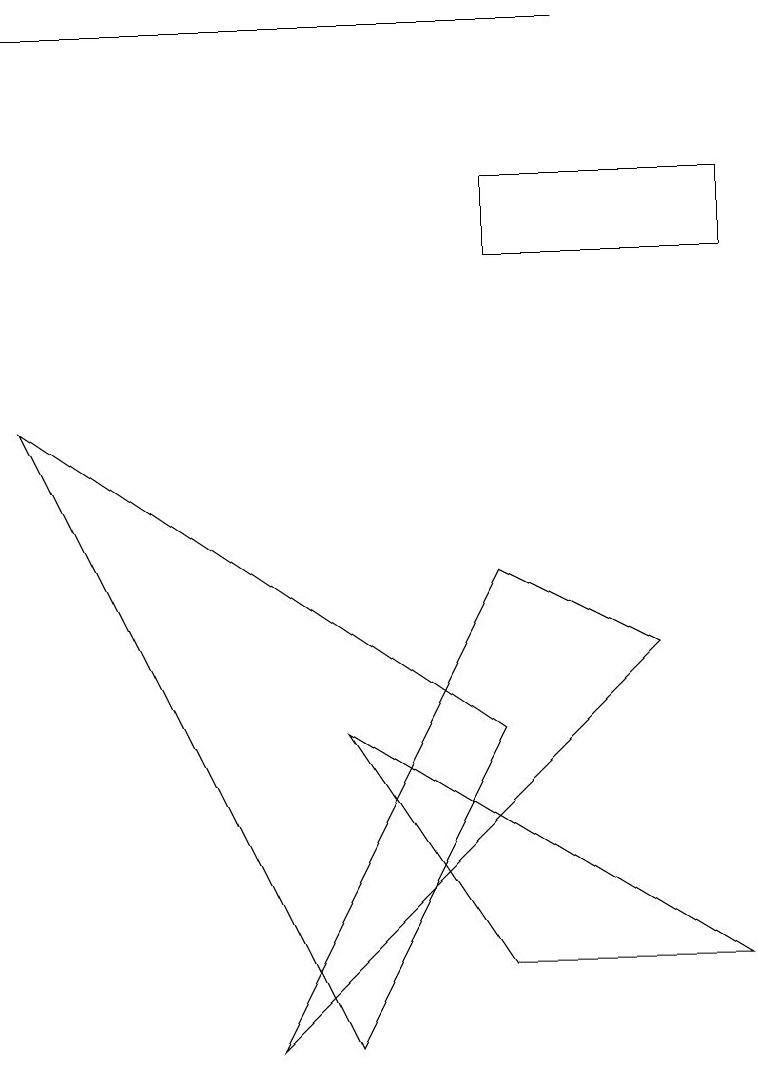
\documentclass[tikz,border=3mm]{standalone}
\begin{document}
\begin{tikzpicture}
\draw (7,14) rectangle (0,14);
\draw (6,2) -- (4,5) -- (9,2) -- cycle;
\draw (6,7) -- (8,6) -- (3,1) -- cycle;
\draw (6,11) rectangle (9,12);
\draw (4,1) -- (0,9) -- (6,5) -- cycle;
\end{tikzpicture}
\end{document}